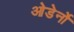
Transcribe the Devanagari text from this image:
ओडेर्नो